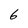
Character: 6